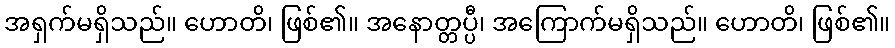
အရှက်မရှိသည်။ ဟောတိ၊ ဖြစ်၏။ အနောတ္တပ္ပီ၊ အကြောက်မရှိသည်။ ဟောတိ၊ ဖြစ်၏။